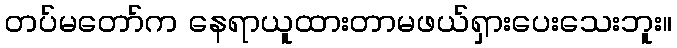
တပ်မတော်က နေရာယူထားတာမဖယ်ရှားပေးသေးဘူး။